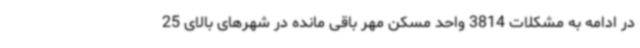
در ادامه به مشکلات 3814 واحد مسکن مهر باقی مانده در شهرهای بالای 25